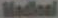
Medical